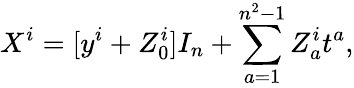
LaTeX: X^{i}=[y^{i}+Z_{0}^{i}]I_{n}+\sum_{a=1}^{n^{2}-1}Z_{a}^{i}t^{a},